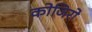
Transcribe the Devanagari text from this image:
कोजिरो